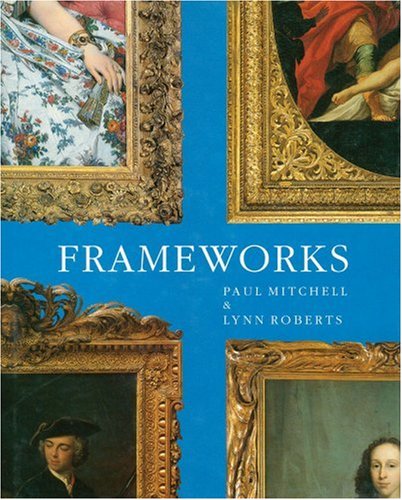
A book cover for Frameworks: Form, Function & Ornament in European Portrait Frames; Paul Mitchell; Crafts, Hobbies & Home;